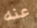
عنه